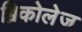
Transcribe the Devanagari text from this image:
ब्रिकोलेज